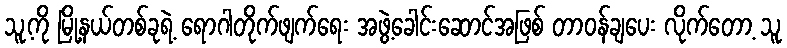
သူ့ကို မြို့နယ်တစ်ခုရဲ့ ရောဂါတိုက်ဖျက်ရေး အဖွဲ့ခေါင်းဆောင်အဖြစ် တာဝန်ချပေး လိုက်တော့ သူ